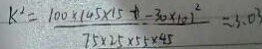
k ^ { 2 } = \frac { 1 0 0 \times 1 4 5 \times 1 5 + - 3 0 \times 1 0 1 ^ { 2 } } { 7 5 \times 2 5 \times 5 5 \times 4 5 } = 3 . 0 3